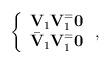
LaTeX: \begin{align*}\begin{aligned}\left\{\begin{array}{*{20}{l}}\textbf{V}_1 \textbf{V}_1^=\textbf{0}\\\bar{\textbf{V}}_1 \textbf{V}_1^ = \textbf{0}\end{array}\right.,\end{aligned}\end{align*}